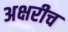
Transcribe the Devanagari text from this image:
अक्षरीच